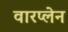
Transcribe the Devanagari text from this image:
वारप्लेन